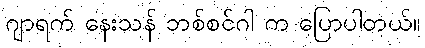
ဂျာရက် နေးသန် ဘစ်စင်ဂါ က ပြောပါတယ်။